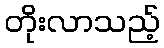
တိုးလာသည့်